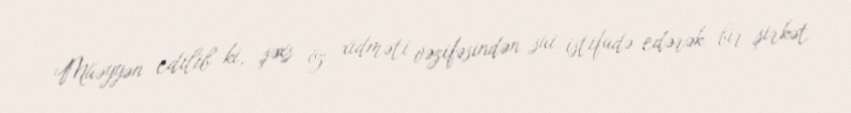
Müəyyən edilib ki, şəxs öz xidməti vəzifəsindən sui istifadə edərək bir şirkət